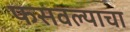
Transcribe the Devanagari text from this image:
फसवल्याचा